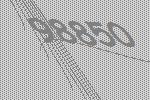
98850